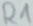
Text: R1